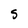
Character: S